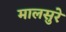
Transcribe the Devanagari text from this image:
मालसुरे